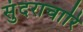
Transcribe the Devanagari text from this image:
सुंदराचारि